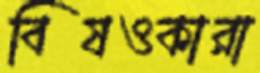
বিষওকারা